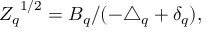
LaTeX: { Z _ { q } } ^ { 1 / 2 } = { B _ { q } / ( - \triangle _ { q } + \delta _ { q } ) } ,